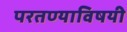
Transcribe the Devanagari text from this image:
परतण्याविषयी